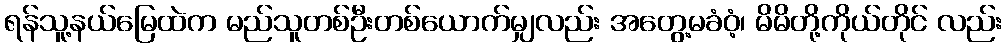
ရန်သူ့နယ်မြေထဲက မည်သူတစ်ဦးတစ်ယောက်မျှလည်း အတွေ့မခံဝံ့၊ မိမိတို့ကိုယ်တိုင် လည်း